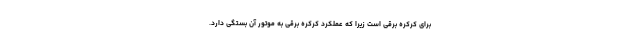
برای کرکره برقی است زیرا که عملکرد کرکره برقی به موتور آن بستگی دارد.